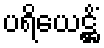
ပရိယေဋ္ဌိံ